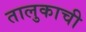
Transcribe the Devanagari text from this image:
तालुकाची